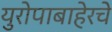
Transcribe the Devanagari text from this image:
युरोपाबाहेरचे